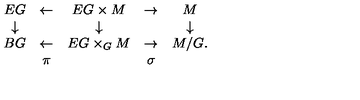
\begin{array} { c c c c c } { E G } & { \leftarrow } & { E G \times M } & { \rightarrow } & { M } \\ { \downarrow } & { } & { \downarrow } & { } & { \downarrow } \\ { B G } & { \leftarrow } & { E G \times _ { G } M } & { \rightarrow } & { M / G . } \\ { } & { \pi } & { } & { \sigma } & { } \\ \end{array}